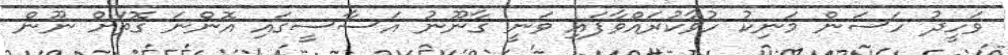
ވަހީދު ހަސަން މަނިކު ހުވާކުރައްވާފައި ވަނީ ގާނޫނު އަސާސީގައި އޮންނަ ގޮތަށް ނޫން